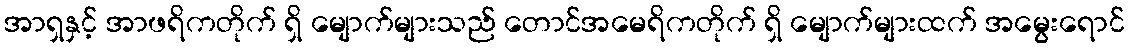
အာရှနှင့် အာဖရိကတိုက် ရှိ မျောက်များသည် တောင်အမေရိကတိုက် ရှိ မျောက်များထက် အမွေးရောင်